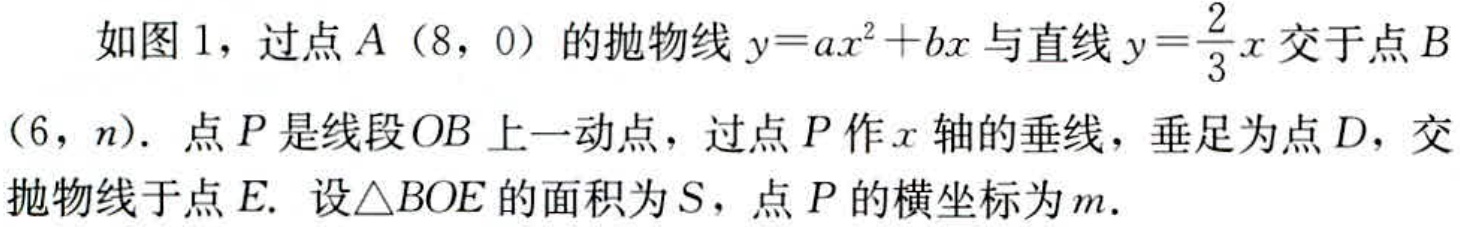
如图1，过点\(A(8,0)\)的抛物线\(y = ax^{2}+bx\)与直线\(y=\frac{2}{3}x\)交于点\(B(6,n)\)。点\(P\)是线段\(OB\)上一动点，过点\(P\)作\(x\)轴的垂线，垂足为点\(D\)，交抛物线于点\(E\)。设\(\triangle BOE\)的面积为\(S\)，点\(P\)的横坐标为\(m\)。